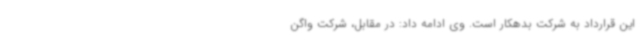
این قرارداد به شرکت بدهکار است. وی ادامه داد: در مقابل، شرکت واگن